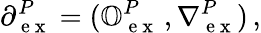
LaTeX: \partial_{\mathrm{~e~x~}}^{P}=(\mathbb{O}_{\mathrm{~e~x~}}^{P}\, ,\nabla{}_{\mathrm{~e~x~}}^{P})\, ,